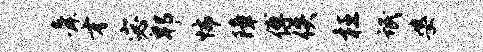
舜才宓郫怖障傅佚枉氓婆